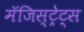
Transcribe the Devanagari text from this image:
मॅजिस्ट्रेट्स